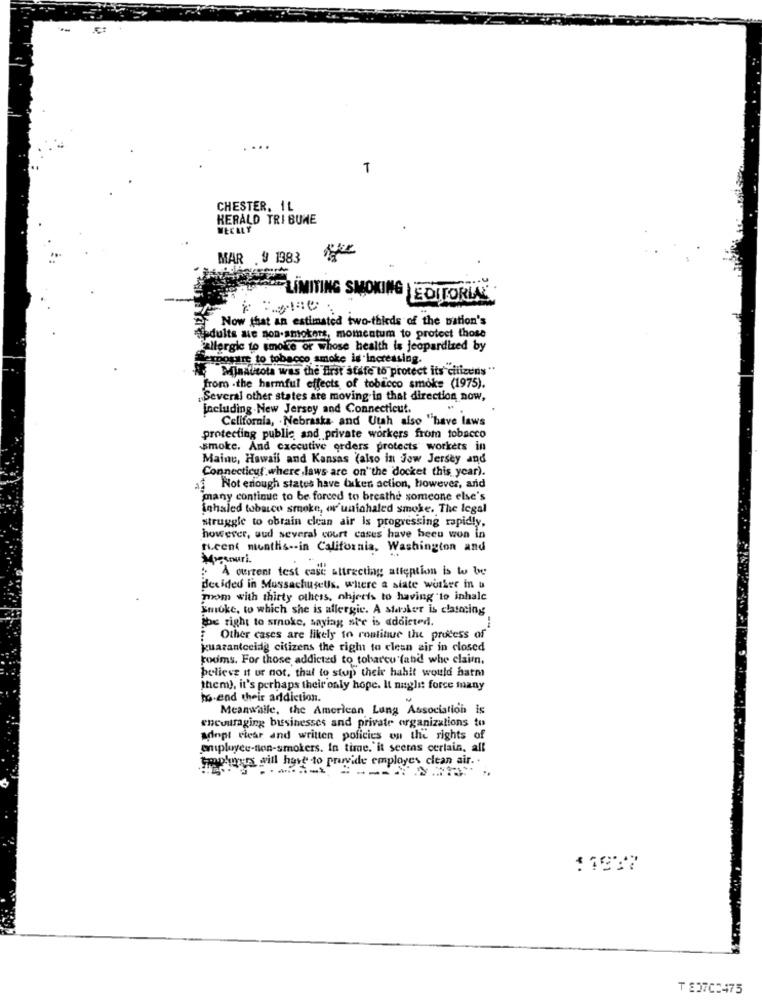
T
CHESTER, IL
HERALD TRIBUNE
WEEKLY
MAR .9 1383
LIMITING SMOKING |EDITORIAL
Now that an estimated two-thirds of the nation's
diadults sie non-smokers, momentum to protect those
allergic to smoite or whose health is jeopardized by
Exposure to tobacco smoke is increasing.
Minatitota was the first state to protect its citizens "
from -the harmful effects of tobacco smoke (1975).
Several other states are moving in that direction, now,
including.New Jersey and Connecticut.
California, . Nebraska and Utah also "have laws
protecting public and private workers from tobacco
smoke. And executive orders protects workets in
Maine, Hawaii and Kansas (also in Jow Jersey and
Connecticut where ,laws are on"the docket this year).
af Not enough states have taken action, however, and
many continue to be forced to breathe someone else's
inhaled tubaice smoke, ov'uninhaled smoke. The legal
struggle to obrain clean air is progressing rapidly,
however, sud several court cases have beeu won in
rucent menthis -- in California, Washington and
penuri.
: A current test case attracting attention is to be
decided in Mussachusells, where a siate worker in u
mom with thirty others, objects to having to inhale
Smoke, to which she is allergie. A starker is clascing
the right to smoke, saying ste is addicted.
Other cases are likely to continue the process of
kuarantceidg citizens the right to clean air in closed
rooms. For those addicted to tobarcu fand whe claim.
believe it or not. that to stop their hahit would hatm
them), it's perhaps their only hope. It naglet force many
ho-end their addiction.
Meanwhile, the American Lung Association
encouraging businesses and private organizations to
adopt clear and written policies on the rights of
employee-tion-smokers. In time. it seems certain, all
Fractures will have to provide employes clean air ..
:1937
T 837C:475